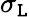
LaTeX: \sigma_{\mathtt{L}}